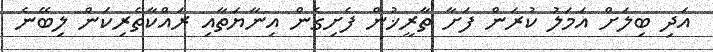
އަދި ބިލަށް އަމަލު ކުރަން ފަށާ ތާރީޚުން ފެށިގެން އިނާޔަތާއި ރައްކާތެރިކަން ލިބޭނެ